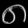
Digit: ၈